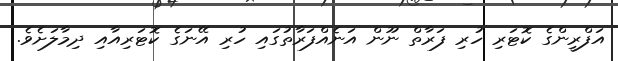
އަފްރީންގެ ކޮޓަރި ހުރި ފަރާތް ނޫން އަނެއްފަރާތުގައި ހުރި އޭނަގެ ކޮޓަރިއާއި ދިމާލަށެވެ.